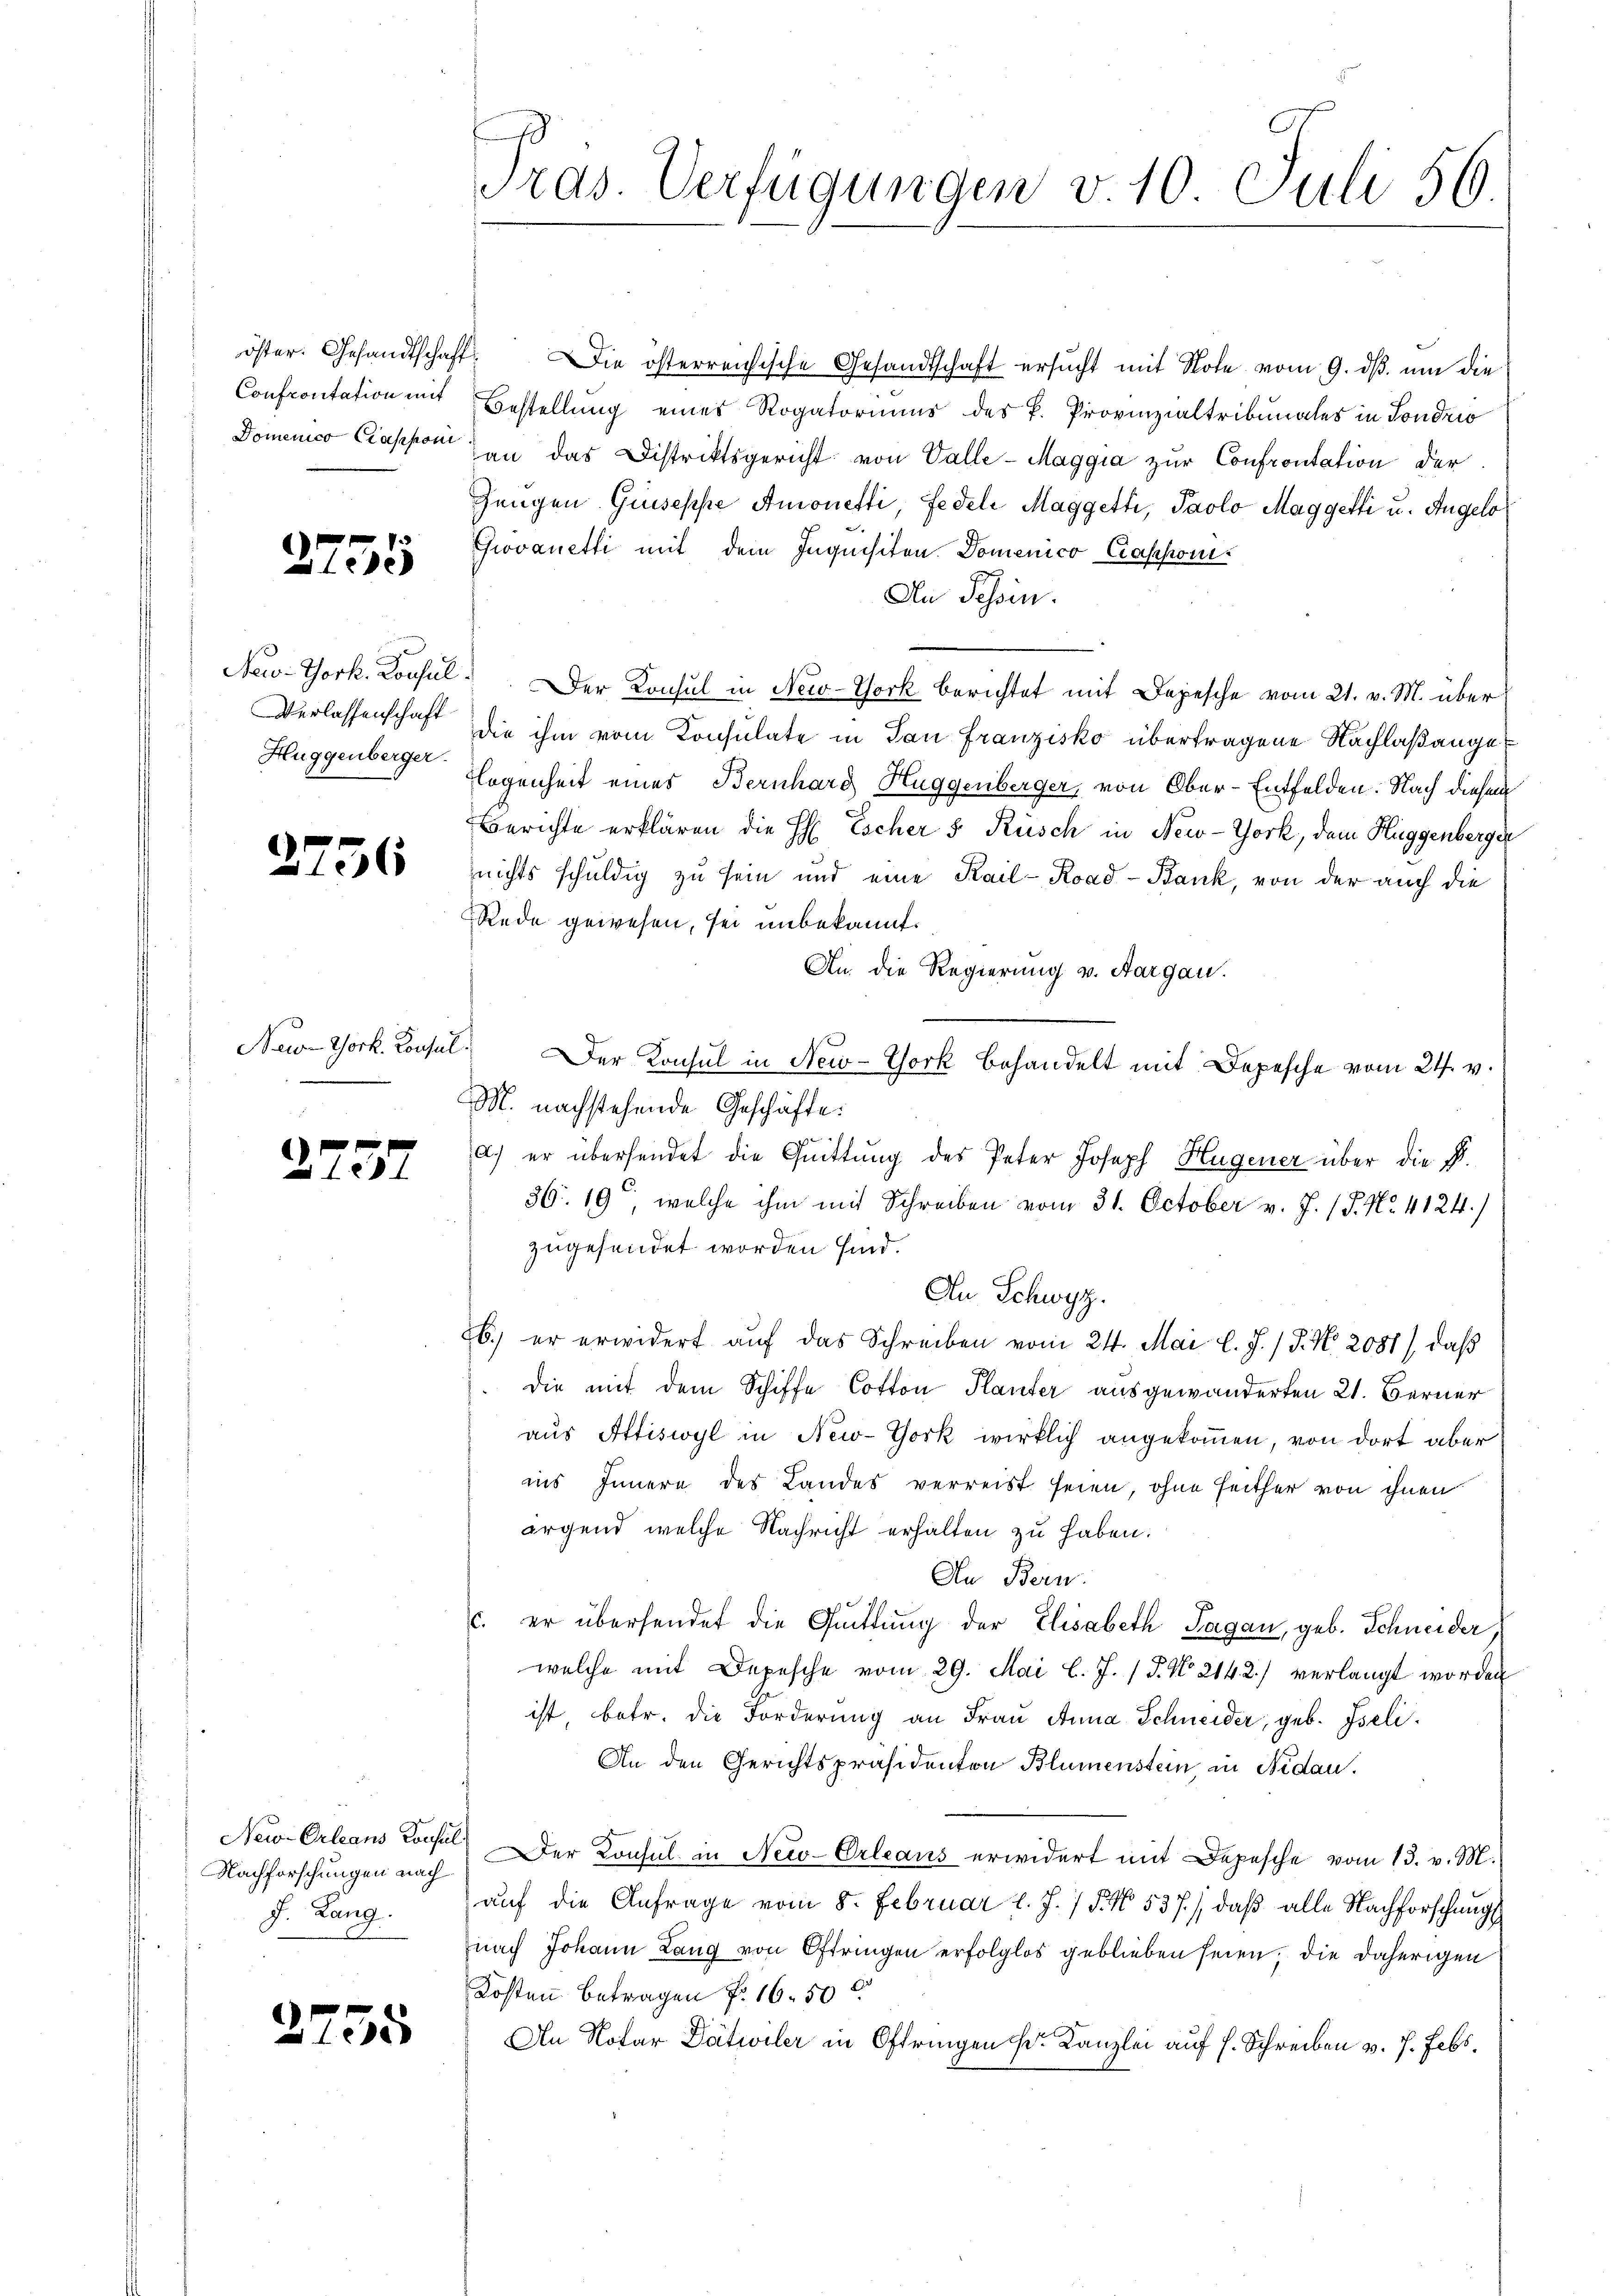
2755

Huggenberger.

2756

New York, Consul

2757

Nachforschungen nach
J. Lang.

2755

öster. Gesandtschaft. Die österreichische Gesandtschaft ersucht mit Note vom 9. ds. um die
Confrontation mit Bestellung eines Rogatoriums des P. Provinzialtribunales in Sondrio
Domenico Cappen an das Distriktsgericht von Valle-Maggia zur Confrontation der
Zeugen Giuseppe Amonetti, Fedel Maggetti, Paolo Maggetti u. Angelo
Grovanetti mit dem Inquisiten Domenico Casponi¬
An Schen.
New-York. Konsul. Der Konsul in New-York berichtet mit Depesche vom 21. v. M. über
Verlassenschaft die ihm vom Konsulate in San Franzisko übertragene Nachlaßange¬
Flogenheit eines Bernhard Huggenberger, von Ober-Entfelden. Nach diesem
Berichte erklären die H. Escher 5 Rüsch in New-York, dem Huggenberger
nichts schuldig zu sein und eine Kail-Road- Bank, von der auch die
Rede gewesen, sei unbekannt.
An die Regierung v. Aargau.
Der Konsul in New-York behandelt mit Depesche vom 21. v.
M. nachstehende Geschäfte:
a.) er übersendet die Quittung des Peter Joseph Hugener über die B.
36. 19, welche ihm mit Schreiben vom 31. October v. J. (T. No. 4124.)
zugesendet worden sind.
An Schwyz.
6.) er erwidert auf das Schreiben vom 24. Mai l. J. / P. Nr. 2081), daß
die mit dem Schiffe Cotton Planter ausgewanderten 21. Berner
aus Attiswyl in New-York wirklich angekommen, von dort aber
ins Innern des Landes verreist seien, ohne seither von ihnen
irgend welche Nachricht erhalten zu haben.
An Bern.
c. er übersendet die Gŭttŭng der Elisabeth Sagan, geb. Schneider
welche mit Depesche vom 29. Mai l. J. / P. No 2142) verlangt worden
ist, betr. die Forderung an Frau Anna Schneider, geb. Iseli
An den Gerichtspräsidenten Blumenstein, in Nidau.
New-Orleans Consil. Der Konsul in New-Orleans erwidert mit Depesche vom 13. v. M.
auf die Anfrage vom 8. Februar l. J. / 5. No. 537.), daß alle Nachforschungs
nach Johann Lang von Oftringen erfolglos geblieben seien; die daherigen
Kosten Betragen f. 16. 50
An Notar Dätwiler in Oftringen Dr. Kanzlei auf s. Schreiben v. 7. Febr.

Tras. Verfügungen v. 10 Juli 56.